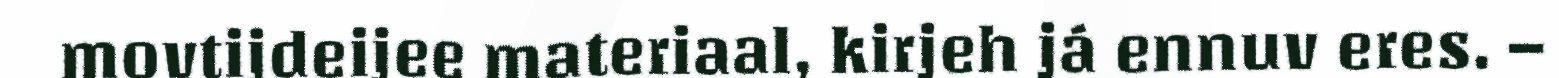
movtijdeijee materiaal, kirjeh já ennuv eres. –